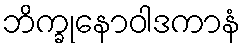
ဘိက္ခုနောဝါဒကာနံ